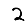
Digit: 2